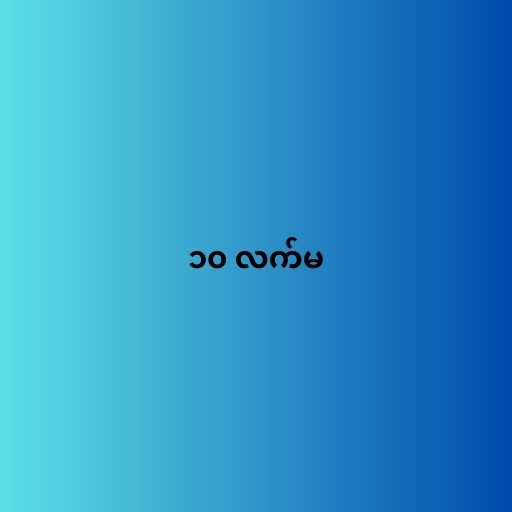
၁၀ လက်မ